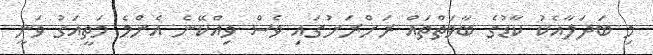
މި ބަދަލާއެކު ކާޑުގެ ބާވަތްތައް ރަށްރަށުގައި ވެސް ވިއްކޭނެ އެންމެ މަތީއަގު ވަނީ